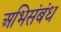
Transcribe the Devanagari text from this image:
अभिसंबंध